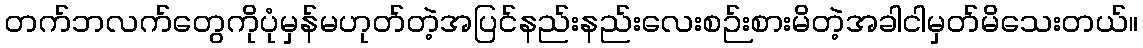
တက်ဘလက်တွေကိုပုံမှန်မဟုတ်တဲ့အပြင်နည်းနည်းလေးစဉ်းစားမိတဲ့အခါငါမှတ်မိသေးတယ်။